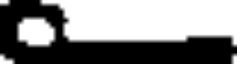
.